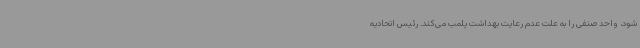
شود، واحد صنفی را به علت عدم رعایت بهداشت پلمب می‌کند. رئیس اتحادیه